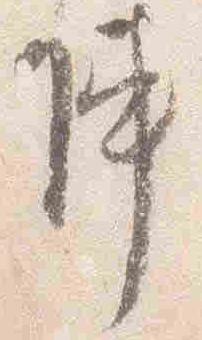
陣